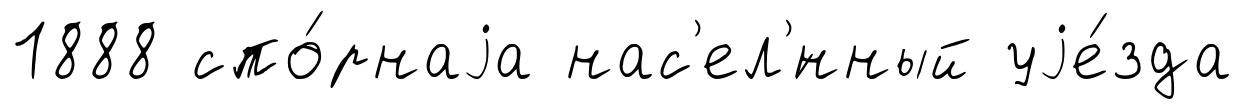
1888 спо́рнаjа нас'ел'́нный уjе́зда